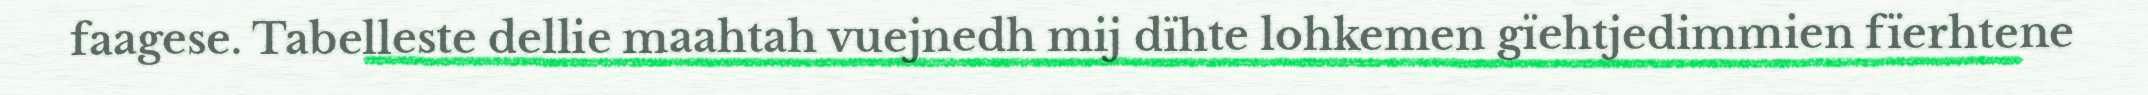
faagese. Tabelleste dellie maahtah vuejnedh mij dïhte lohkemen gïehtjedimmien fïerhtene